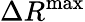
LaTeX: \Delta R^{\mathrm{max}}